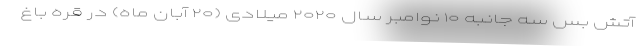
آتش بس سه جانبه ۱۰ نوامبر سال ۲۰۲۰ میلادی (۲۰ آبان ماه) در قره باغ